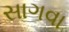
સાગવા